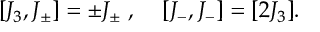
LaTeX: [ J _ { 3 } , J _ { \pm } ] = \pm J _ { \pm } \; , \; \; \; \; [ J _ { - } , J _ { - } ] = [ 2 J _ { 3 } ] .